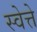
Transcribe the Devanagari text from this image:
स्वेत्ते